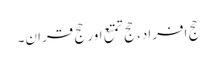
حج افراد، حج تمتع اور حج قران۔